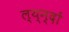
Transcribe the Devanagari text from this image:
ल्य्न्दों